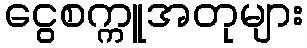
ငွေစက္ကူအတုများ